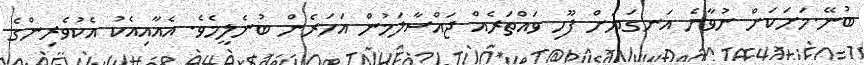
ބުނޭ.މަށަކަށް ނުވާނެ އަނގަޔަށް ފޫހި ވައްތަރެއް ޖައްސާލަމުން އަހަރެން ބުނެލީމެވެ. އެއާއިއެކު އެކުވެރިންގެ